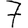
Digit: 7